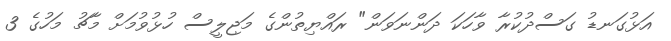
އަޅުގަނޑު ގަސްދުކުރާ ވާހަކަ ދަންނަވަން" ރައްޔިތުންގެ މަޖިލީސް ހުޅުވުމަށް މާޗު މަހުގެ 3